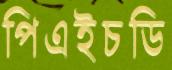
পিএইচডি